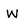
Character: W